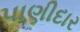
પાણીદાર